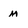
Character: M